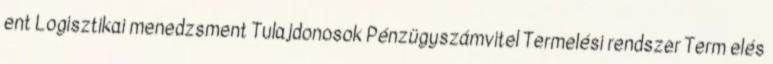
ent Logisztikai menedzsment Tulajdonosok Pénzügyszámvitel Termelési rendszer Term elés